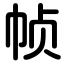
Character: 帧